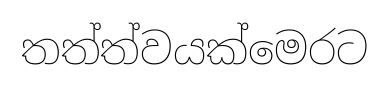
තත්ත්වයක්මෙරට